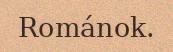
Románok.